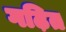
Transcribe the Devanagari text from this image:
गढ़ित